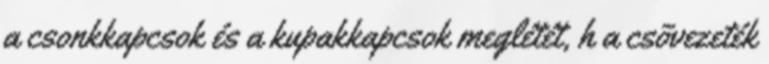
a csonkkapcsok és a kupakkapcsok meglétét, h a csõvezeték